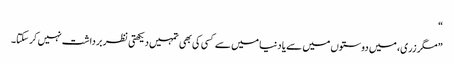
“
”مگر زری، میں دوستوں میں سے یا دنیا میں سے کسی کی بھی تمہیں دیکھتی نظر برداشت نہیں کر سکتا۔